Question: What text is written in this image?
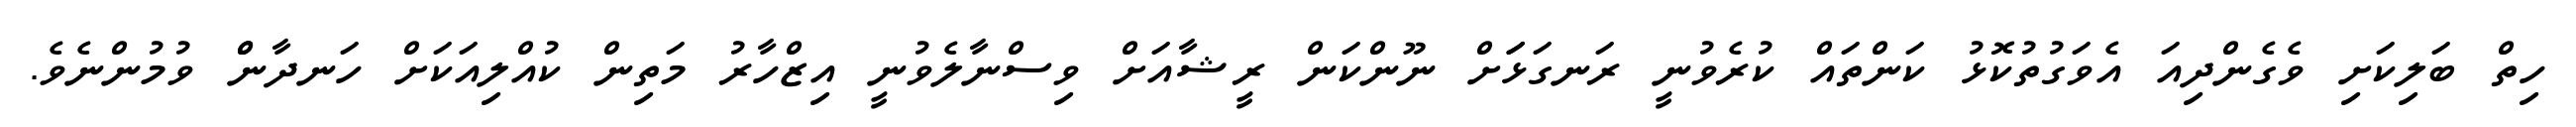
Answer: ހިތް ބަލިކަށި ވެގެންދިއަ އެވަގުތުކޮޅު ކަންތައް ކުރެވުނީ ރަނގަޅަަށް ނޫންކަން ރީޝާއަށް ވިސްނާލެވުނީ އިޒްހާރު މަތިން ކުއްލިއަކަށް ހަނދާންް ވުމުންނެވެ.